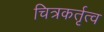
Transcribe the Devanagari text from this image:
चित्रकर्तृत्व